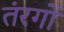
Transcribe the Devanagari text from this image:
तंरगोँ